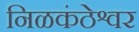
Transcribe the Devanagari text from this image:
निळकंठेश्वर